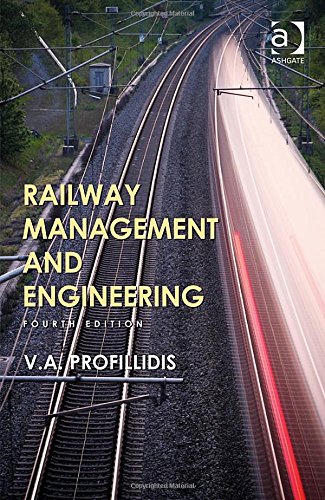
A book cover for Railway Management and Engineering; V. A. Profillidis; Engineering & Transportation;